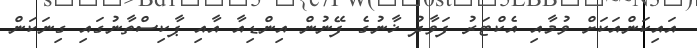
އައިކަންއަކަށް ވުމާއި އެކްޓަރު ފަވާދު ޚާނުގެ ފޭނުން އިންޑިއާ އާއި ޕާކިސްތާނުގައި ގިނަކަން